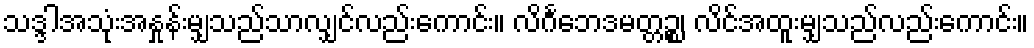
သဒ္ဒါအသုံးအနှုန်းမျှသည်သာလျှင်လည်းကောင်း။ လိင်္ဂဘေဒမတ္တဉ္စ၊ လိင်အထူးမျှသည်လည်းကောင်း။